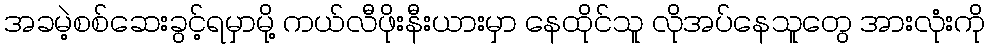
အခမဲ့စစ်ဆေးခွင့်ရမှာမို့ ကယ်လီဖိုးနီးယားမှာ နေထိုင်သူ လိုအပ်နေသူတွေ အားလုံးကို